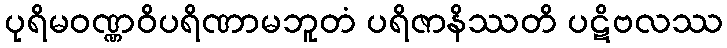
ပုရိမဝဏ္ဏဝိပရိဏာမဘူတံ ပရိဇာနိဿတိ ပဋိဗလဿ